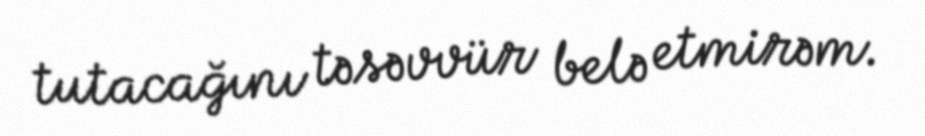
tutacağını təsəvvür belə etmirəm.